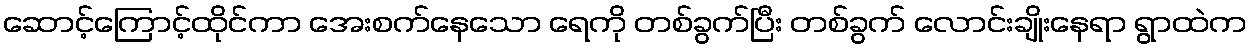
ဆောင့်ကြောင့်ထိုင်ကာ အေးစက်နေသော ရေကို တစ်ခွက်ပြီး တစ်ခွက် လောင်းချိုးနေရာ ရွာထဲက